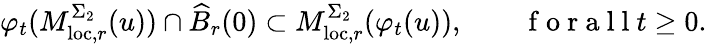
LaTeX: \varphi_{t}(M_{\mathrm{loc},r}^{\Sigma_{2}}(u))\cap\widehat{B}_{r}(0)\subset M_{\mathrm{loc},r}^{\Sigma_{2}}(\varphi_{t}(u)),\qquad\mathrm{~f~o~r~a~l~l~}t\geq 0.